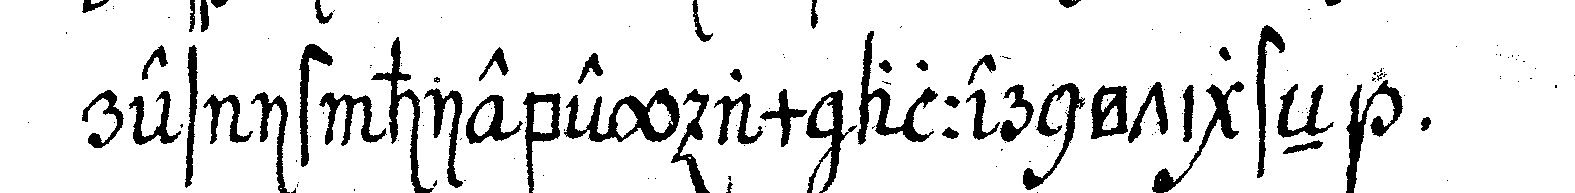
res ist hiebey am allernötigsteN .